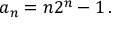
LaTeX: a _ { n } = n 2 ^ { n } - 1 \, .